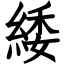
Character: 緌